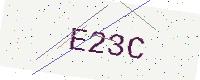
Text: E23C